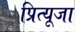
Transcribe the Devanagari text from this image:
प्रित्यूजा